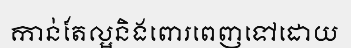
កាន់តែល្អនិងពោរពេញទៅដោយ